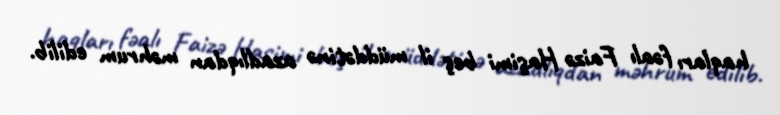
haqları fəalı Faizə Haşimi beş il müddətinə azadlıqdan məhrum edilib.